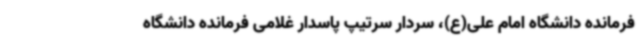
فرمانده دانشگاه امام علی(ع)، سردار سرتیپ پاسدار غلامی فرمانده دانشگاه